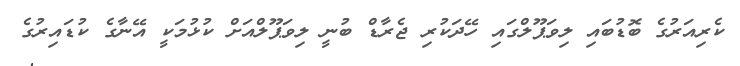
ކެރިއަރުގެ ބޮޑުބައި ލިވަޕޫލްގައި ހޭދަކުރި ޖެރާޑް ބުނީ ލިވަޕޫލްއަށް ކުޅުމަކީ އޭނާގެ ކުޑައިރުގެ